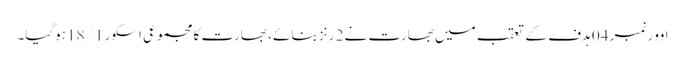
اوور نمبر 04 ہدف کے تعقب میں بھارت نے 2 رنز بنائے ، بھارت کا مجموعی اسکور 18/1 ہوگیا۔